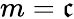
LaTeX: m=\mathfrak{c}